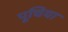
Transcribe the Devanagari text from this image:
पूचिया